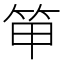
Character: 笚